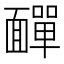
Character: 𩉁